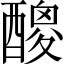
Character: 𨢼